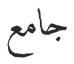
جامع